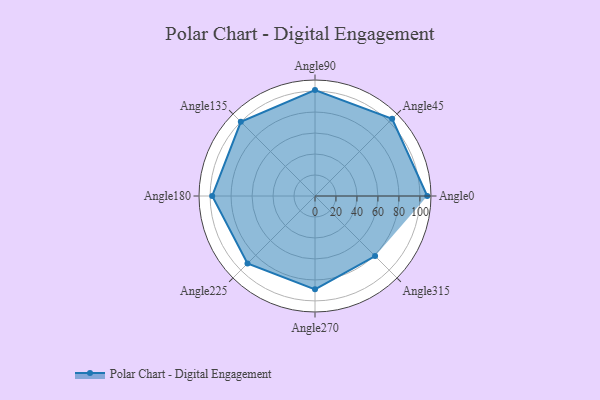
{"axis": {"x": "Angle", "y": "Radius"}, "legend": [""], "data": [{"x": "Angle0", "y": 107.0, "type": ""}, {"x": "Angle45", "y": 104.0, "type": ""}, {"x": "Angle90", "y": 101.0, "type": ""}, {"x": "Angle135", "y": 100.0, "type": ""}, {"x": "Angle180", "y": 98.0, "type": ""}, {"x": "Angle225", "y": 91.0, "type": ""}, {"x": "Angle270", "y": 89.0, "type": ""}, {"x": "Angle315", "y": 81.0, "type": ""}]}